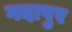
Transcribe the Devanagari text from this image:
गदापुर